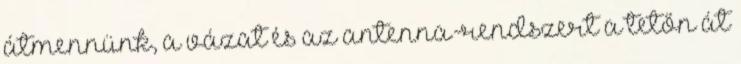
átmennünk, a vázat és az antenna-rendszert a tetőn át